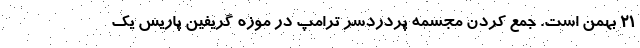
21 بهمن است. جمع کردن مجسمه پردردسر ترامپ در موزه گریفین پاریس یک